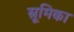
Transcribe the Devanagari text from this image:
स्त्रूमिका